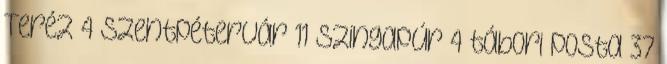
Teréz 4 Szentpétervár 11 Szingapúr 4 tábori posta 37